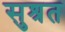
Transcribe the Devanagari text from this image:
सुश्रत